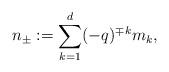
LaTeX: \begin{align*}n_{\pm}:=\sum_{k=1}^{d} (-q)^{\mp k} m_k,\end{align*}